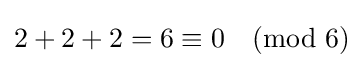
2+2+2=6\equiv 0{\pmod {6}}